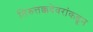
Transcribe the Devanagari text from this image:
तिरुत्तक्कदेवरांकडून